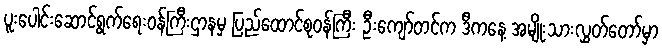
ပူးပေါင်းဆောင်ရွက်ရေးဝန်ကြီးဌာနမှ ပြည်ထောင်စုဝန်ကြီး ဦးကျော်တင်က ဒီကနေ့ အမျိုးသားလွှတ်တော်မှာ